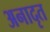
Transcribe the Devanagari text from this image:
अनादृत